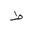
Letter: _da